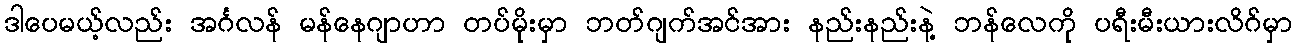
ဒါပေမယ့်လည်း အင်္ဂလန် မန်နေဂျာဟာ တပ်မိုးမှာ ဘတ်ဂျက်အင်အား နည်းနည်းနဲ့ ဘန်လေကို ပရီးမီးယားလိဂ်မှာ